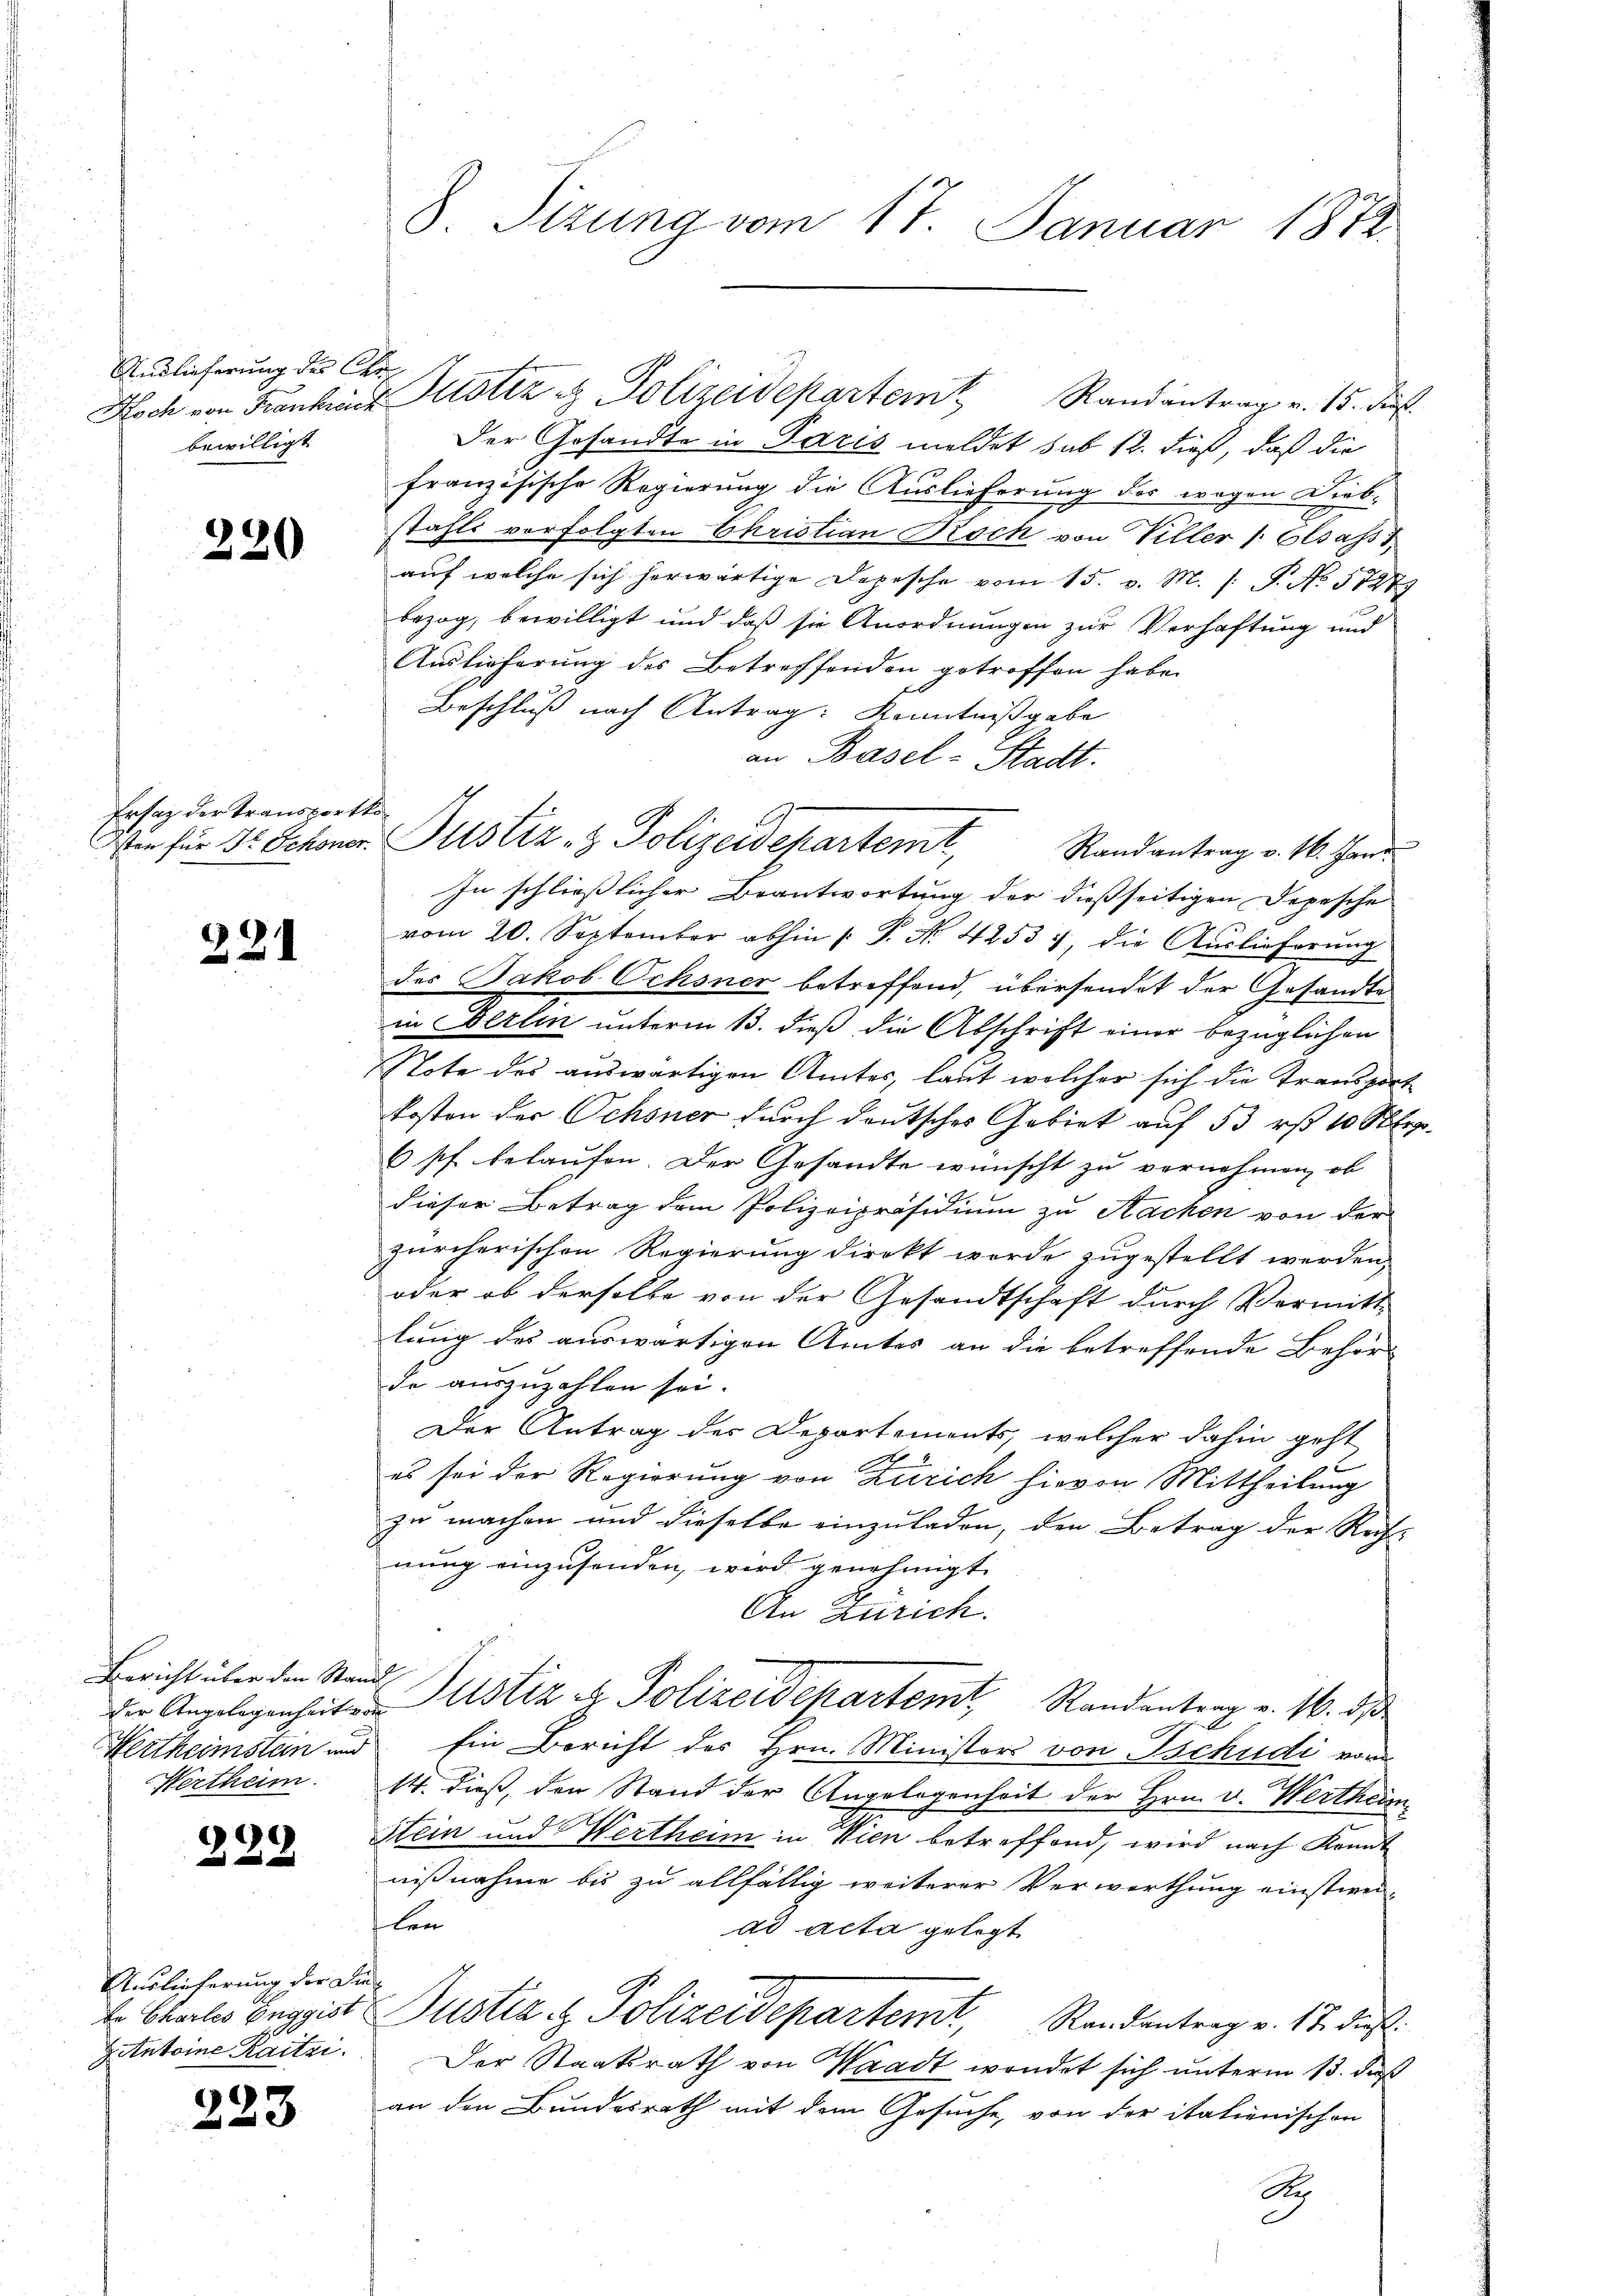
Anslieferung des Cibewilligt

220

Ersatz der Transportko¬

221

Bericht über den Stan
der Angelegenheite
Hertheimstein und
Wertheim.

228

Auslieferung der Die
te Chartes Enggist
Antoine Raitzi.

e
23

8. Sizung vom 17. Januar 1872

Der Gesandte in Paris meldet sub 12. dieß, daß die
französische Regierung die Auslieferung des wegen Diebstahls verfolgten Christian Roch von Viller /: Elsass
auf welche sich herwärtige Depesche vom 15. v. M. /: P. No 5847
bezog; bewilligt und daß sie Anordnungen zur Verhaftung und
Auslieferung des Betreffenden getroffen habe.
Beschluß nach Antrag: Kenntnißgabe
an Basel-Stadt.
In schließlicher Beantwortung der dießseitigen Depesche
2
vom 20. September abhin |: P. Nr. 42537, die Auslieferŭng
des Jakob Ochsner betreffend, übersendet der Gesandtes
in Werten unterm 13. dieß die Abschrift einer bezüglichen
Note des auswärtigen Amtes, laut welcher sich die Transport-
kosten der Ochsner durch deutsches Gebiet auf 53 rt 10 Step
6 Pf. belaufen. Der Gesandte wünscht zu vornehmen, ob
dieser Betrag dem Polizeipräsidium zu Nachen von der
zürcherischen Regierung direkt werde zugestellt werden,
oder ob derselbe von der Gesandtschaft durch Vermitt
lung des auswärtigen Amtes an die betreffende Behör-
de auszuzahlen sei.
Der Antrag der Departements, welcher dahin geht
es sei der Regierung von Zürich hievon Mittheilung
zu machen und dieselbe einzuladen, den Betrag der Rech-
nung einzusenden, wird genehmigt.
An Zürich.
e
Justiz & Polizeidepartemt, Standentrag v. 16. ds
Ein Bericht des Hrn. Ministors von Tschudi von
14. dieß, den Stand der Angelegenheit der Hrn. v. Wertheim¬
Stein und Wertheim in Wien betreffend, wird nach Kant
nißnahme bis zu allfällig weiterer Verwerthung einstwei-
len
ad acta gelegt
Justiz & Polizeidepartemt, Randantrag v. 17. dieß:
Der Staatsrath von Waadt wendet sich unterm 13. daß
an den Bundesrath mit dem Gesuche, von der italienischen
A

Noch von Frankreuz Justiz & Polizeidepartem Randantrag v. 15. ds.

Wie für Dr. Schoner Justiz- & Polizeidepartemt, Randantrag v. 16. Hand